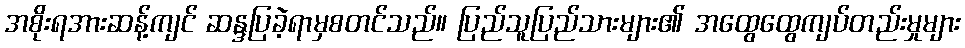
အစိုးရအားဆန့်ကျင် ဆန္ဒပြခဲ့ရာမှစတင်သည်။ ပြည်သူပြည်သားများ၏ အထွေထွေကျပ်တည်းမှုများ